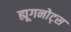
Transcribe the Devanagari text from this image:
ह्यूगनोट्स